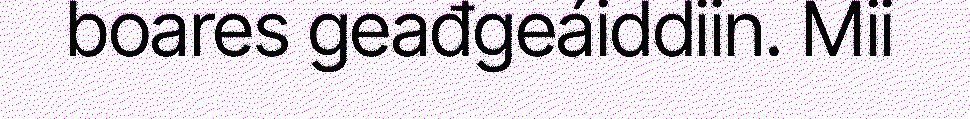
boares geađgeáiddiin. Mii